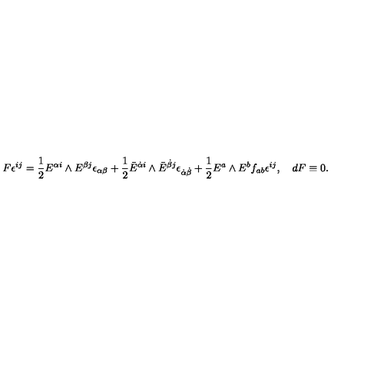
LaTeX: F \epsilon ^ { i j } = { \frac { 1 } { 2 } } E ^ { { \alpha } i } \wedge E ^ { { \beta } j } \epsilon _ { { \alpha } { \beta } } + { \frac { 1 } { 2 } } \bar { E } ^ { \dot { \alpha } i } \wedge \bar { E } ^ { \dot { \beta } j } \epsilon _ { \dot { \alpha } \dot { \beta } } + { \frac { 1 } { 2 } } E ^ { a } \wedge E ^ { b } f _ { a b } \epsilon ^ { i j } , \quad d F \equiv 0 .